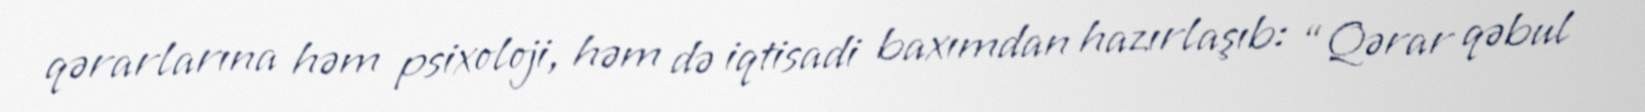
qərarlarına həm psixoloji, həm də iqtisadi baxımdan hazırlaşıb: “Qərar qəbul